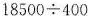
$$1 8 5 0 0 \div 4 0 0$$